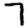
Digit: 7